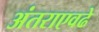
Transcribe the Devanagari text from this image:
अंतराएवढे